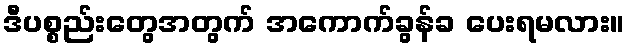
ဒီပစ္စည်းတွေအတွက် အကောက်ခွန်ခ ပေးရမလား။